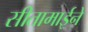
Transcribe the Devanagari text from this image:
सीतामाईने